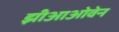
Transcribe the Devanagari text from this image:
झीआओवेन